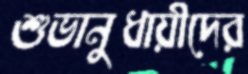
শুভানুধায়ীদের